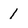
Character: 1